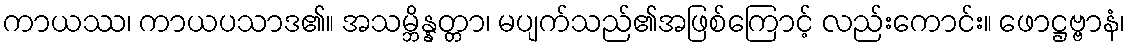
ကာယဿ၊ ကာယပသာဒ၏။ အသမ္ဘိန္နတ္တာ၊ မပျက်သည်၏အဖြစ်ကြောင့် လည်းကောင်း။ ဖောဋ္ဌဗ္ဗာနံ၊